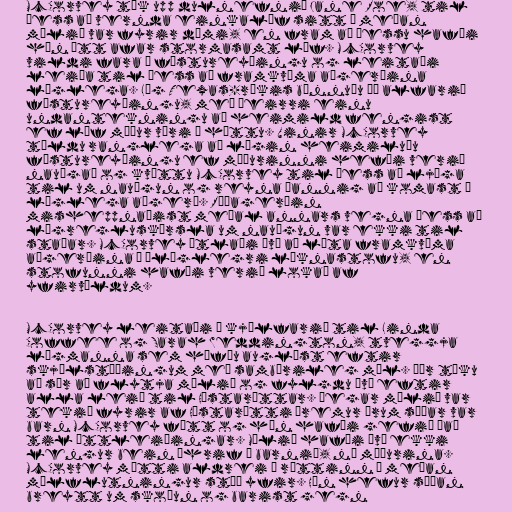
McCorvey tók upp dulnefnið Jane Roe, til
þess að vernda einkalíf sitt á meðan
málið var fyrir dómi, en fram að þessu hafði
hún átt afar stormasamt líf. McCorvey
vildi fara í fóstureyðingu og leitaði
leiða til þess að framkvæma aðgerðina
löglega. Lög Texas-ríkis bönnuðu þó alfarið
fóstureyðingu, með þeirri einu
undantekningu að heimild fengist
ef líf móður væri í hættu. Vinir McCorvey
töldu ranglega að lögin heimiluðu
fóstureyðingu ef móðurinni hefði verið
nauðgað og kvöttu McCorvey til þess að ljúga
til um nauðgun og reyna þannig að komast í
löglega aðgerð. Ráðagerðin
misheppnaðist meðal annars vegna þess að
lögregluskýrsla um nauðgun var ekki til
staðar. McCorvey ætlaði því að láta framkvæma
aðgerðina á ólöglegri læknastofu, en
stofunni hafði verið lokað af
yfirvöldum.

McCorvey leitaði í kjölfarið til Linda
Coffee og Sarah Weddington, tveggja
lögmanna sem höfðu auglýst eftir
skjólstæðingum með sambærileg mál. Þær tóku
að sér að flytja málið og fylgdu því eftir
alla leið til Hæstaréttar. Þegar málið var
tekið fyrir af Hæstarétti þremur árum síðar var
barn McCorvey fætt og hún hafði gefið það
til ættleiðingar. Málið hafði því ekki
lengur bein áhrif á barnið, né móðurina.
McCorvey mætti aldrei í réttinn á meðan
málflutningur stóð yfir. Hún hefur síðan
breytt um skoðun og barist gegn